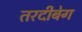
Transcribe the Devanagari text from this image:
तरदीबेग